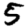
Digit: 5